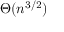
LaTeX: \Theta ( n ^ { 3 / 2 } )